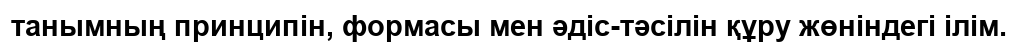
танымның принципін, формасы мен әдіс-тәсілін құру жөніндегі ілім.